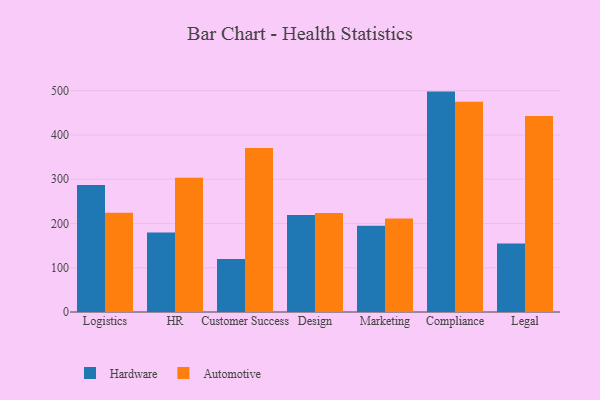
{"axis": {"x": "Department", "y": "Energy Usage (MWh)"}, "legend": ["Automotive", "Hardware"], "data": [{"x": "Logistics", "y": 286.7, "type": "Hardware"}, {"x": "Logistics", "y": 224.4, "type": "Automotive"}, {"x": "HR", "y": 179.9, "type": "Hardware"}, {"x": "HR", "y": 303.3, "type": "Automotive"}, {"x": "Customer Success", "y": 119.8, "type": "Hardware"}, {"x": "Customer Success", "y": 370.3, "type": "Automotive"}, {"x": "Design", "y": 219.1, "type": "Hardware"}, {"x": "Design", "y": 223.8, "type": "Automotive"}, {"x": "Marketing", "y": 194.8, "type": "Hardware"}, {"x": "Marketing", "y": 211.0, "type": "Automotive"}, {"x": "Compliance", "y": 498.0, "type": "Hardware"}, {"x": "Compliance", "y": 475.1, "type": "Automotive"}, {"x": "Legal", "y": 154.7, "type": "Hardware"}, {"x": "Legal", "y": 442.9, "type": "Automotive"}]}